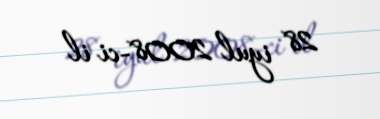
28 iyul 2008-ci il